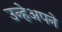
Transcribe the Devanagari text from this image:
उन्हेअपने